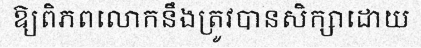
ឱ្យពិភពលោកនឹងត្រូវបានសិក្សាដោយ